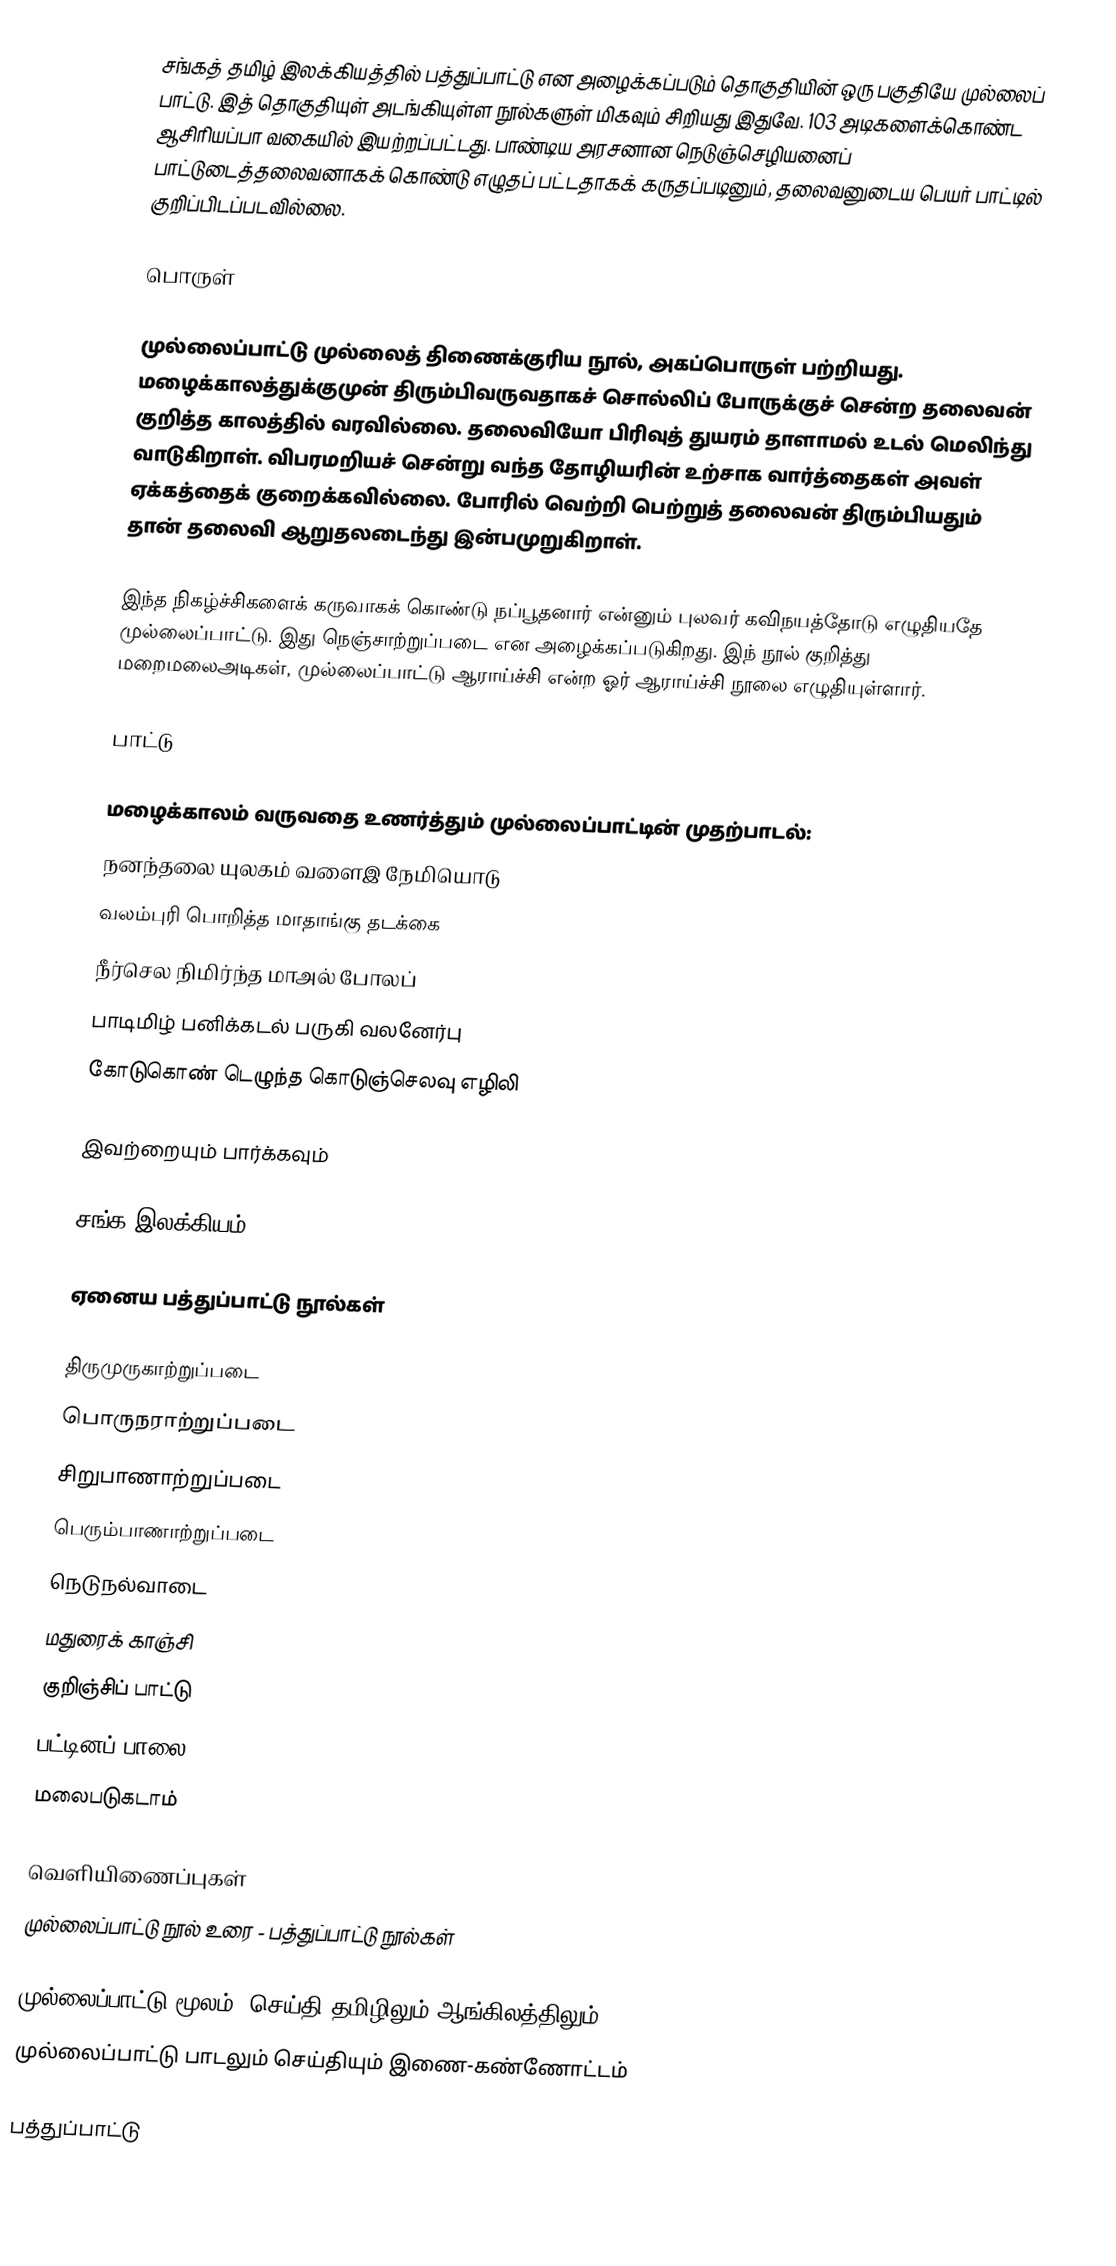
சங்கத் தமிழ் இலக்கியத்தில் பத்துப்பாட்டு என அழைக்கப்படும் தொகுதியின் ஒரு பகுதியே முல்லைப் பாட்டு. இத் தொகுதியுள் அடங்கியுள்ள நூல்களுள் மிகவும் சிறியது இதுவே. 103 அடிகளைக்கொண்ட ஆசிரியப்பா வகையில் இயற்றப்பட்டது. பாண்டிய அரசனான நெடுஞ்செழியனைப் பாட்டுடைத்தலைவனாகக் கொண்டு எழுதப் பட்டதாகக் கருதப்படினும், தலைவனுடைய பெயர் பாட்டில் குறிப்பிடப்படவில்லை.

பொருள்

முல்லைப்பாட்டு முல்லைத் திணைக்குரிய நூல், அகப்பொருள் பற்றியது. மழைக்காலத்துக்குமுன் திரும்பிவருவதாகச் சொல்லிப் போருக்குச் சென்ற தலைவன் குறித்த காலத்தில் வரவில்லை. தலைவியோ பிரிவுத் துயரம் தாளாமல் உடல் மெலிந்து வாடுகிறாள். விபரமறியச் சென்று வந்த தோழியரின் உற்சாக வார்த்தைகள் அவள் ஏக்கத்தைக் குறைக்கவில்லை. போரில் வெற்றி பெற்றுத் தலைவன் திரும்பியதும் தான் தலைவி ஆறுதலடைந்து இன்பமுறுகிறாள்.

இந்த நிகழ்ச்சிகளைக் கருவாகக் கொண்டு நப்பூதனார் என்னும் புலவர் கவிநயத்தோடு எழுதியதே முல்லைப்பாட்டு. இது நெஞ்சாற்றுப்படை என அழைக்கப்படுகிறது. இந் நூல் குறித்து மறைமலைஅடிகள், முல்லைப்பாட்டு ஆராய்ச்சி என்ற ஓர் ஆராய்ச்சி  நூலை  எழுதியுள்ளார்.

பாட்டு

மழைக்காலம் வருவதை உணர்த்தும் முல்லைப்பாட்டின் முதற்பாடல்:
  நனந்தலை யுலகம் வளைஇ நேமியொடு
  வலம்புரி பொறித்த மாதாங்கு தடக்கை
  நீர்செல நிமிர்ந்த மாஅல் போலப்
  பாடிமிழ் பனிக்கடல் பருகி வலனேர்பு
  கோடுகொண் டெழுந்த கொடுஞ்செலவு எழிலி

இவற்றையும் பார்க்கவும்

 சங்க இலக்கியம்

ஏனைய பத்துப்பாட்டு நூல்கள்

 திருமுருகாற்றுப்படை
 பொருநராற்றுப்படை
 சிறுபாணாற்றுப்படை
 பெரும்பாணாற்றுப்படை
 நெடுநல்வாடை
 மதுரைக் காஞ்சி
 குறிஞ்சிப் பாட்டு
 பட்டினப் பாலை
 மலைபடுகடாம்

வெளியிணைப்புகள்
முல்லைப்பாட்டு நூல் உரை - பத்துப்பாட்டு நூல்கள்

 முல்லைப்பாட்டு மூலம், செய்தி தமிழிலும் ஆங்கிலத்திலும்
 முல்லைப்பாட்டு பாடலும் செய்தியும் இணை-கண்ணோட்டம்

பத்துப்பாட்டு